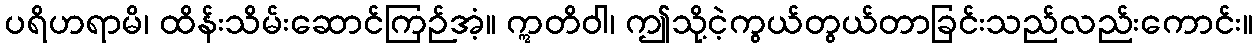
ပရိဟရာမိ၊ ထိန်းသိမ်းဆောင်ကြဉ်အံ့။ ဣတိဝါ၊ ဤသို့ငဲ့ကွယ်တွယ်တာခြင်းသည်လည်းကောင်း။